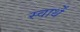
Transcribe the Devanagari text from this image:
स्वार्थें